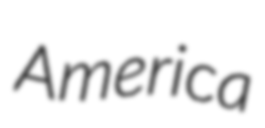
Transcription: America